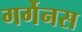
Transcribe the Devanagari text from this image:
गर्गेनस